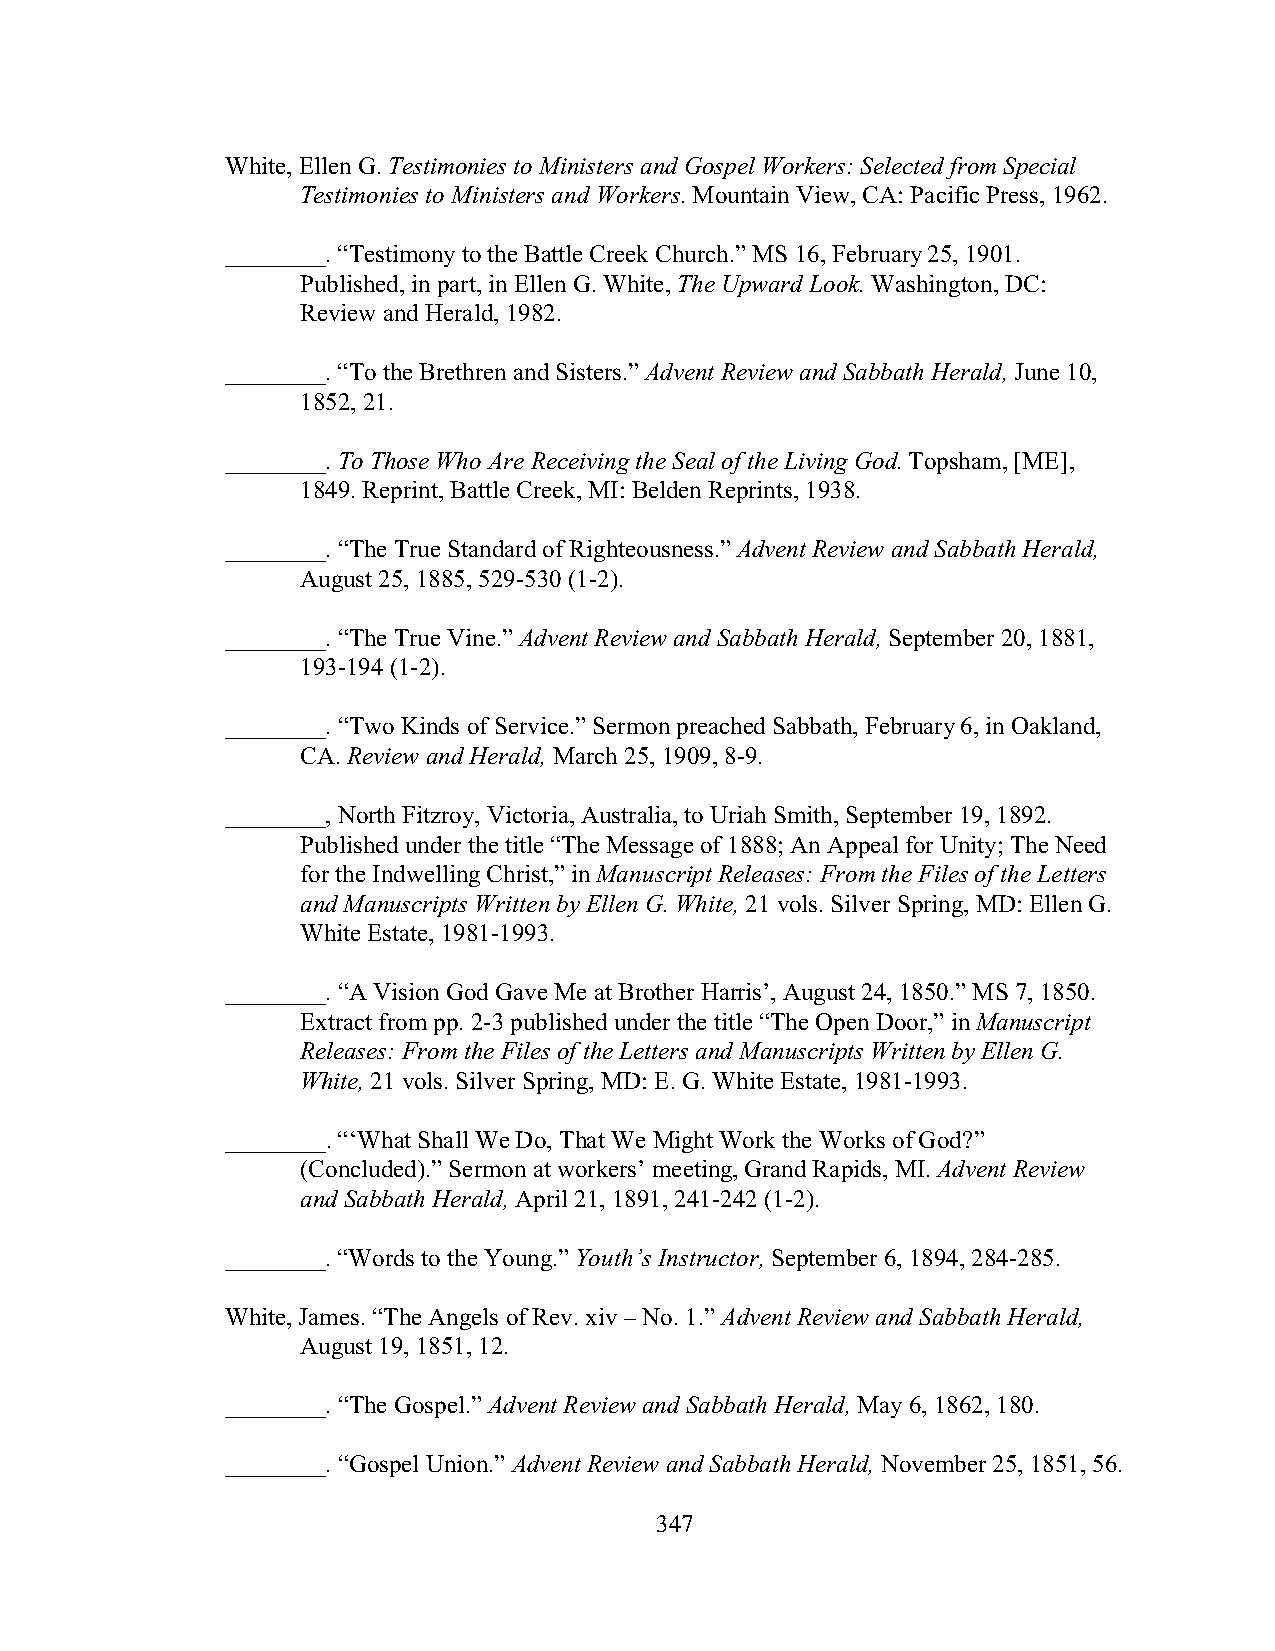
White, Ellen G. Testimonies to Ministers and Gospel Workers: Selected from Special
 Testimonies to Ministers and Workers. Mountain View, CA: Pacific Press, 1962.
 ________. “Testimony to the Battle Creek Church.” MS 16, February 25, 1901.
 Published, in part, in Ellen G. White, The Upward Look. Washington, DC:
 Review and Herald, 1982.
 ________. “To the Brethren and Sisters.” Advent Review and Sabbath Herald, June 10,
 1852, 21.
 ________. To Those Who Are Receiving the Seal of the Living God. Topsham, [ME],
 1849. Reprint, Battle Creek, MI: Belden Reprints, 1938.
 ________. “The True Standard of Righteousness.” Advent Review and Sabbath Herald,
 August 25, 1885, 529-530 (1-2).
 ________. “The True Vine.” Advent Review and Sabbath Herald, September 20, 1881,
 193-194 (1-2).
 ________. “Two Kinds of Service.” Sermon preached Sabbath, February 6, in Oakland,
 CA. Review and Herald, March 25, 1909, 8-9.
 ________, North Fitzroy, Victoria, Australia, to Uriah Smith, September 19, 1892.
 Published under the title “The Message of 1888; An Appeal for Unity; The Need
 for the Indwelling Christ,” in Manuscript Releases: From the Files of the Letters
 and Manuscripts Written by Ellen G. White, 21 vols. Silver Spring, MD: Ellen G.
 White Estate, 1981-1993.
 ________. “A Vision God Gave Me at Brother Harris’, August 24, 1850.” MS 7, 1850.
 Extract from pp. 2-3 published under the title “The Open Door,” in Manuscript
 Releases: From the Files of the Letters and Manuscripts Written by Ellen G.
 White, 21 vols. Silver Spring, MD: E. G. White Estate, 1981-1993.
 ________. “‘What Shall We Do, That We Might Work the Works of God?”
 (Concluded).” Sermon at workers’ meeting, Grand Rapids, MI. Advent Review
 and Sabbath Herald, April 21, 1891, 241-242 (1-2).
 ________. “Words to the Young.” Youth’s Instructor, September 6, 1894, 284-285.
 White, James. “The Angels of Rev. xiv – No. 1.” Advent Review and Sabbath Herald,
 August 19, 1851, 12.
 ________. “The Gospel.” Advent Review and Sabbath Herald, May 6, 1862, 180.
 ________. “Gospel Union.” Advent Review and Sabbath Herald, November 25, 1851, 56.
 347